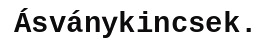
Ásványkincsek.